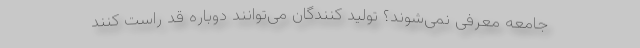
جامعه معرفی نمی‌شوند؟ تولید کنندگان می‌توانند دوباره قد راست کنند